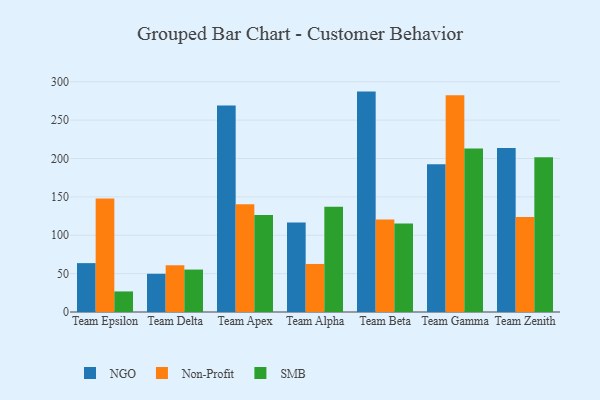
{"axis": {"x": "Team", "y": "Waste Production (Tons)"}, "legend": ["NGO", "Non-Profit", "SMB"], "data": [{"x": "Team Epsilon", "y": 63.7, "type": "NGO"}, {"x": "Team Epsilon", "y": 147.9, "type": "Non-Profit"}, {"x": "Team Epsilon", "y": 26.8, "type": "SMB"}, {"x": "Team Delta", "y": 49.8, "type": "NGO"}, {"x": "Team Delta", "y": 60.9, "type": "Non-Profit"}, {"x": "Team Delta", "y": 55.3, "type": "SMB"}, {"x": "Team Apex", "y": 269.1, "type": "NGO"}, {"x": "Team Apex", "y": 140.4, "type": "Non-Profit"}, {"x": "Team Apex", "y": 126.5, "type": "SMB"}, {"x": "Team Alpha", "y": 116.5, "type": "NGO"}, {"x": "Team Alpha", "y": 62.6, "type": "Non-Profit"}, {"x": "Team Alpha", "y": 137.0, "type": "SMB"}, {"x": "Team Beta", "y": 287.2, "type": "NGO"}, {"x": "Team Beta", "y": 120.5, "type": "Non-Profit"}, {"x": "Team Beta", "y": 115.3, "type": "SMB"}, {"x": "Team Gamma", "y": 192.4, "type": "NGO"}, {"x": "Team Gamma", "y": 282.3, "type": "Non-Profit"}, {"x": "Team Gamma", "y": 213.2, "type": "SMB"}, {"x": "Team Zenith", "y": 213.6, "type": "NGO"}, {"x": "Team Zenith", "y": 123.8, "type": "Non-Profit"}, {"x": "Team Zenith", "y": 201.7, "type": "SMB"}]}